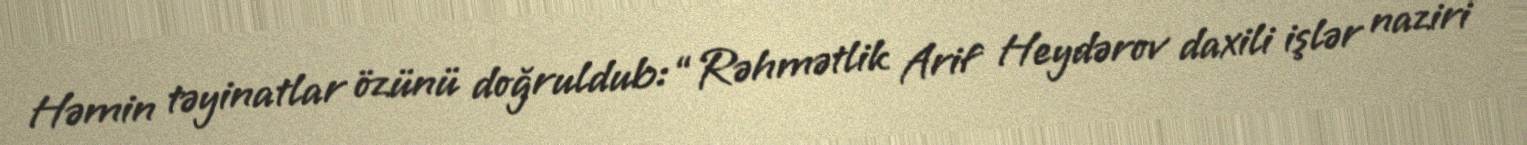
Həmin təyinatlar özünü doğruldub: “Rəhmətlik Arif Heydərov daxili işlər naziri